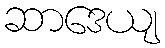
ဆာဒေယျ